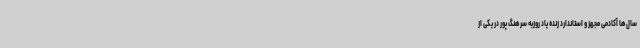
سال‌ها آکادمی مجهز و استاندارد زنده یاد روزبه سرهنگ پور در یکی از